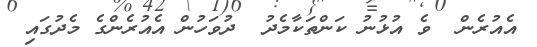
އެއުރެން  ވެ އުޅުނު ކަންތަކާމެދު  ދުވަހުން އެއުރެންގެ މެދުގައި